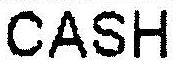
CASH